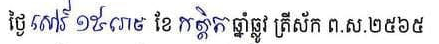
ថ្ងៃសៅរ៍ ១៥រោច ខែកត្តិក ឆ្នាំឆ្លូវ ត្រីស័ក ព.ស ២៥៦៥